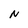
Character: N